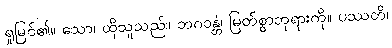
ရှုမြင်၏။ သော၊ ထိုသူသည်။ ဘဂဝန္တံ၊ မြတ်စွာဘုရားကို။ ပဿတိ၊